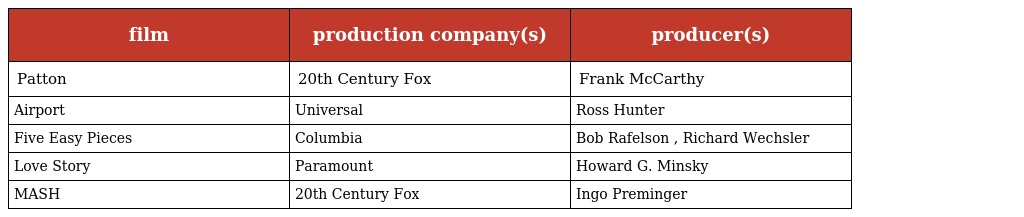
| film | production company(s) | producer(s) |
 | --- | --- | --- |
 | Patton | 20th Century Fox | Frank McCarthy |
 | Airport | Universal | Ross Hunter |
 | Five Easy Pieces | Columbia | Bob Rafelson , Richard Wechsler |
 | Love Story | Paramount | Howard G. Minsky |
 | MASH | 20th Century Fox | Ingo Preminger |